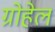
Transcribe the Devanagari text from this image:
ग्रोहेल